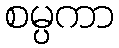
စမ္ပကာ